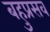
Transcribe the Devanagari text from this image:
बहुप्रसव